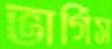
ভার্গিস